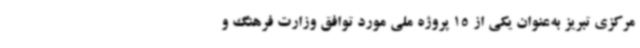
مرکزی تبریز به‌عنوان یکی از 15 پروژه ملی مورد توافق وزارت فرهنگ و